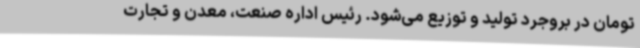
تومان در بروجرد تولید و توزیع می‌شود. رئیس اداره صنعت، معدن و تجارت